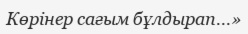
Көрінер сағым бұлдырап...»